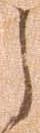
之